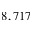
8 , 7 1 7